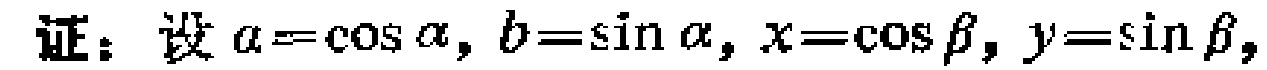
证：设 \(a = \cos\alpha\)，\(b = \sin\alpha\)，\(x = \cos\beta\)，\(y = \sin\beta\)，